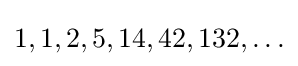
1,1,2,5,14,42,132,\ldots